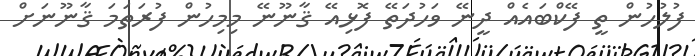
ފުލުހުން ތީ ފޭކްބައެއް ދީނޭ ވަހުދަތޭ ފޮޅިއޭ ޤާނޫނޭ މިމިހުން ފުރަތަމަ ޤާނޫނަށް